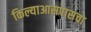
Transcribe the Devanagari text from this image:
किल्याआसपासचा